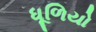
ધૂળિયો